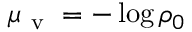
{ \mu _ { \mathrm { ~ v ~ } } = - \log \rho _ { 0 } }